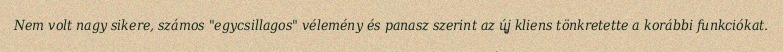
Nem volt nagy sikere, számos "egycsillagos" vélemény és panasz szerint az új kliens tönkretette a korábbi funkciókat.